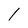
Character: 1